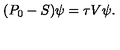
( P _ { 0 } - S ) \psi = \tau V \psi .